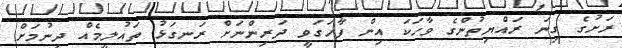
ރަށުގެ ގިނަ ރައްޔިތުންގެ ވާހަކަ އިން ފާހަގަވީ ދަރިންނަށް ރަނގަޅު ތައުލީމެއް ދިނުމަށް